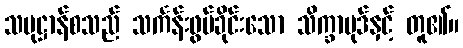
သမုဋ္ဌာန်စသည် သင်္ကန်းဖွပ်ခိုင်းသော သိက္ခာပုဒ်နှင့် တူ၏။